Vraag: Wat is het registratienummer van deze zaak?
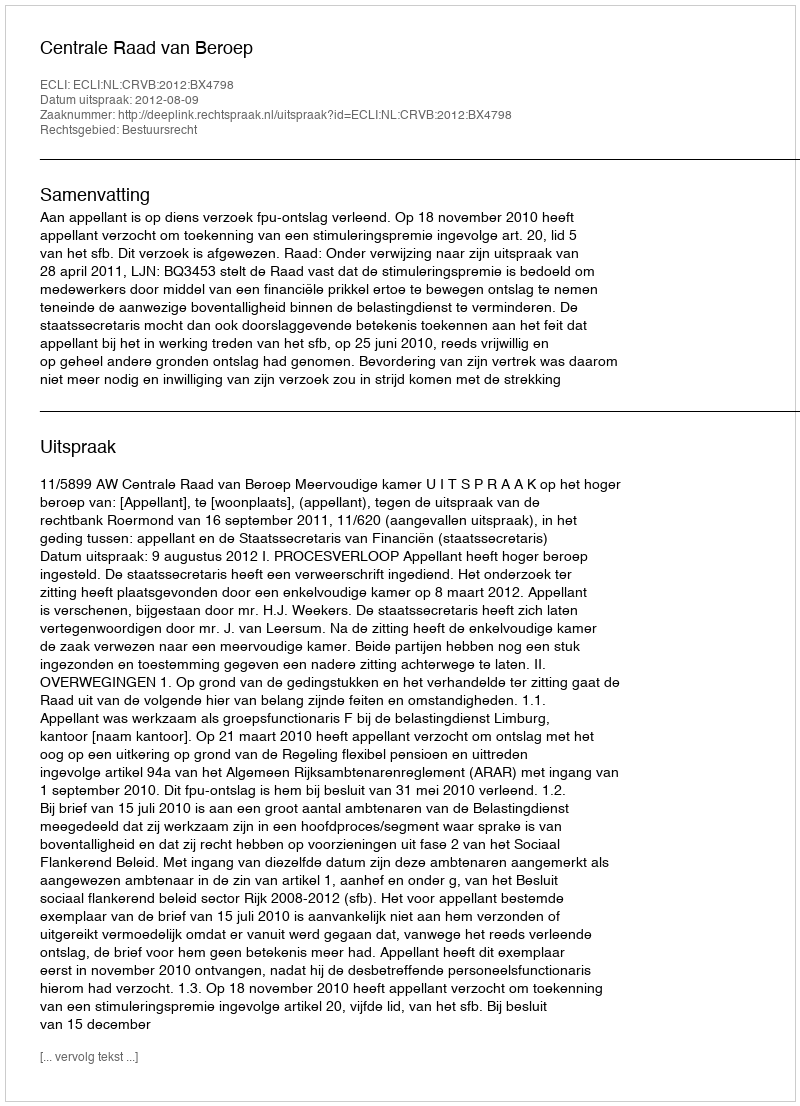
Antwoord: http://deeplink.rechtspraak.nl/uitspraak?id=ECLI:NL:CRVB:2012:BX4798